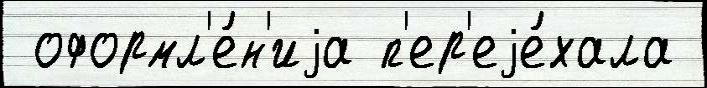
 оформл'е́н'иjа п'ер'еjе́хала